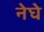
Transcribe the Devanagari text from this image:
नेघे